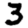
Digit: 3